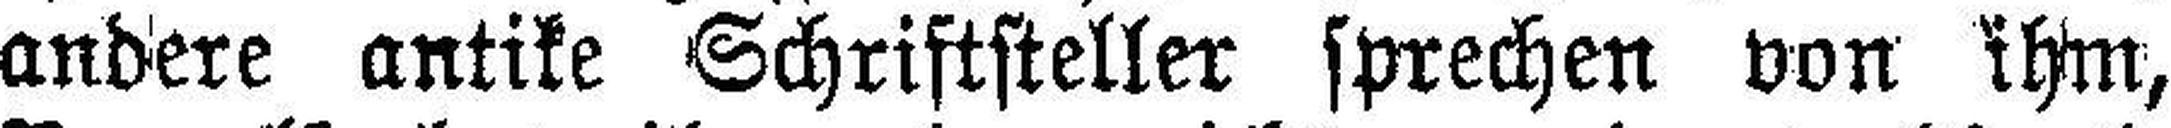
andere antike Schriftsteller sprechen von ihm,